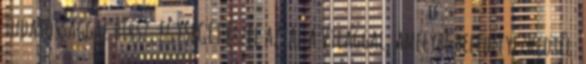
tudatossággal bírsz, EGYSÉGET érzel azzal a Világgal, amelybe belehelyezkedtél.